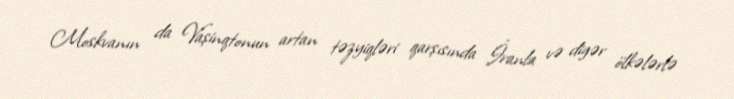
Moskvanın da Vaşinqtonun artan təzyiqləri qarşısında İranla və digər ölkələrlə